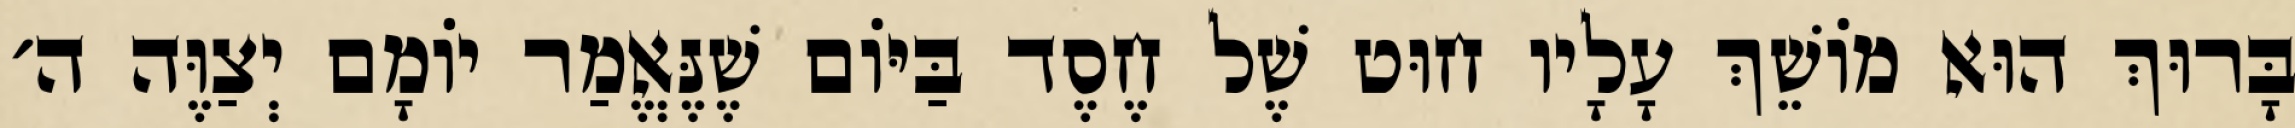
בָּרוּךְ הוּא מוֹשֵׁךְ עָלָיו חוּט שֶׁל חֶסֶד בַּיּוֹם שֶׁנֶּאֱמַר יוֹמָם יְצַוֶּה ה׳